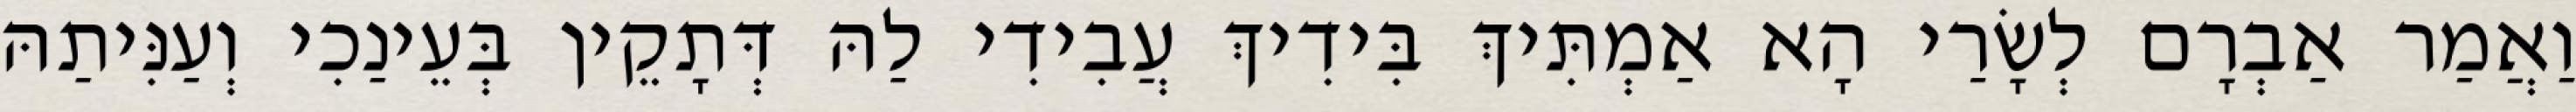
וַאֲמַר אַבְרָם לְשָׂרַי הָא אַמְתִּיךְ בִּידִיךְ עֲבִידִי לַהּ דְּתָקֵין בְּעֵינַכִי וְעַנִּיתַהּ